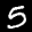
Label: 5